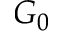
G _ { 0 }